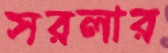
সরলার